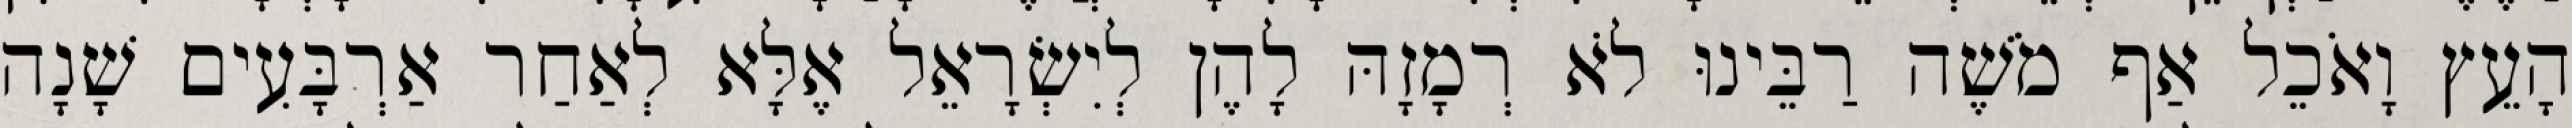
הָעֵץ וָאֹכֵל אַף מֹשֶׁה רַבֵּינוּ לֹא רְמָזָהּ לָהֶן לְיִשְׂרָאֵל אֶלָּא לְאַחַר אַרְבָּעִים שָׁנָה